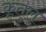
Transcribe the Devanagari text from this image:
कृतुलु